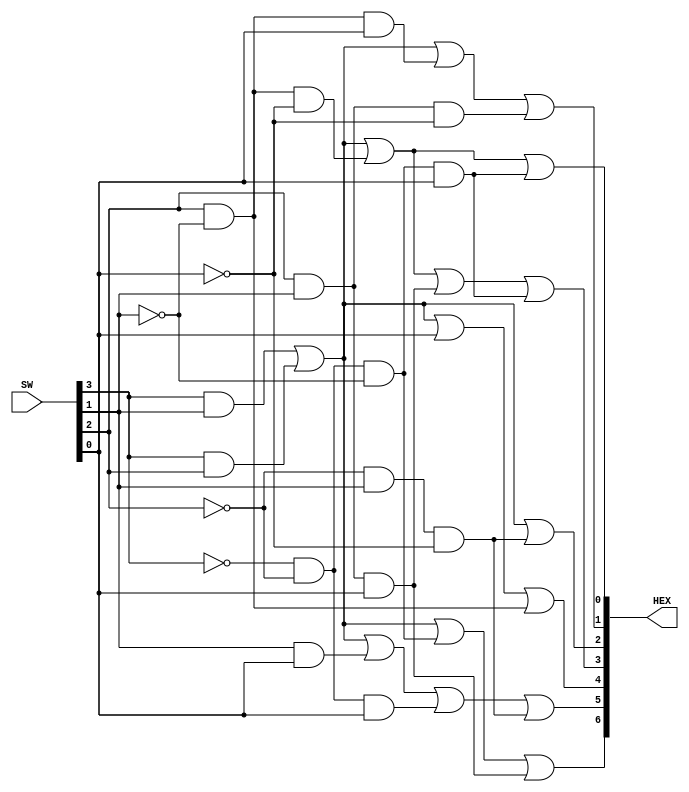
/*
	Translate input[3:0] to common anode 7seg
	
	test passed
*/
module hex_decoder(SW, HEX);
	input	[3:0]	SW;
	output [6:0] HEX;

	wire A = SW[0];
	wire B = SW[1];
	wire C = SW[2]; 
	wire D = SW[3];

	wire common = D&B | D&C;

	assign HEX[0] = common | C&~B&~A | ~D&~C&~B&A;
	assign HEX[1] = common | C&~B&A | C&B&~A;
	assign HEX[2] = common | ~C&B&~A;
	assign HEX[3] = common | C&~B&~A | C&B&A | ~D&~C&~B&A;
	assign HEX[4] = common | A | C&~B;
	assign HEX[5] = common | B&A | ~D&~C&A | ~C&B&~A;
	assign HEX[6] = common | ~D&~C&~B | C&B&A;

endmodule

//////////////////////////////////////////////////////////////////////


module hex_decoder_tb();
 
	reg [3:0] SW;
	wire [6:0] HEX0;

	reg [6:0] t_HEX [0:15];
	
	initial begin 	
		t_HEX[0] = 7'b1000000;
		t_HEX[1] = 7'b1111001;
		t_HEX[2] = 7'b0100100;
		t_HEX[3] = 7'b0110000;
		t_HEX[4] = 7'b0011001;
		t_HEX[5] = 7'b0010010;
		t_HEX[6] = 7'b0000010;
		t_HEX[7] = 7'b1111000;
		t_HEX[8] = 7'b0000000;
		t_HEX[9] = 7'b0010000;
		t_HEX[10] = 7'b1111111;
		t_HEX[11] = 7'b1111111;
		t_HEX[12] = 7'b1111111;
		t_HEX[13] = 7'b1111111;
		t_HEX[14] = 7'b1111111;
		t_HEX[15] = 7'b1111111;
	end
 
	hex_decoder DUT(
		.SW(SW),
		.HEX(HEX0)
	);
		
	initial begin
		SW = 0;
		repeat (16) begin
			#10
			if (HEX0 != t_HEX[SW])
				$display("!!!! Test %d error %h:%h \n", SW, HEX0, t_HEX[SW]);
			else
				$display("Passed Test %d\n", SW);
			SW = SW + 1;
		end
		$finish;
	end	

	
endmodule